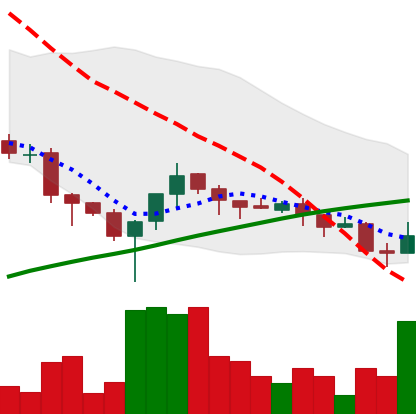
Ticker: XLM-USD
Chart end date: 2018-03-31
Forward return: -4.274%
Label: down_3_5